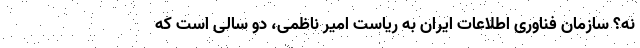
نه؟ سازمان فناوری اطلاعات ایران به ریاست امیر ناظمی، دو سالی است که